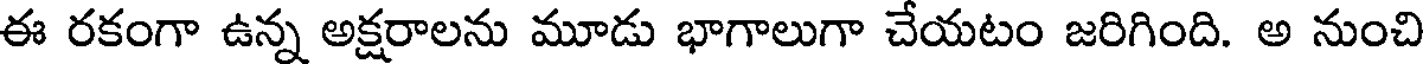
ఈ రకంగా ఉన్న అక్షరాలను మూడు భాగాలుగా చేయటం జరిగింది. అ నుంచి